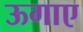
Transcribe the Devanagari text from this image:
ऊगाए